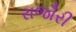
રાજૌરી